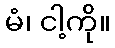
မံ၊ ငါ့ကို။